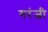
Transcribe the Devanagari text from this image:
गरंजी